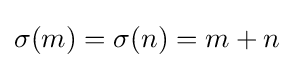
\sigma (m)=\sigma (n)=m+n